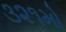
૩૨૧મો